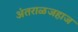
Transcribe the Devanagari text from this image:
अंतराळजहाज